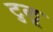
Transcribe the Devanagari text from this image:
टुलू